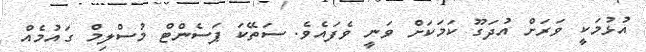
އުޅުމަކީ ވަރަށް އުދަގޫ ކަމަކަށް ވަނީ ވެފައެވެ. ސަތޭކަ ޕަސެންޓް މުސްލިމް ގައުމެއް